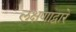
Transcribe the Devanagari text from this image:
लक्षणाद्वारे